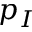
p _ { I }